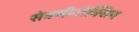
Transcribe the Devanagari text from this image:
सेक्सीटोक्सिन